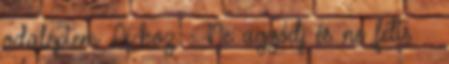
odaléptem Ai-hoz. - Ne aggódj és ne félts –